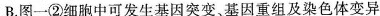
B.图一②细胞中可发生基因突变、基因重组及染色体变异